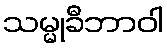
သမ္မုခီဘာဝါ